Tezpur Lunatic Asylum reports 1895-1904 - 1895-1904
Year: 1895
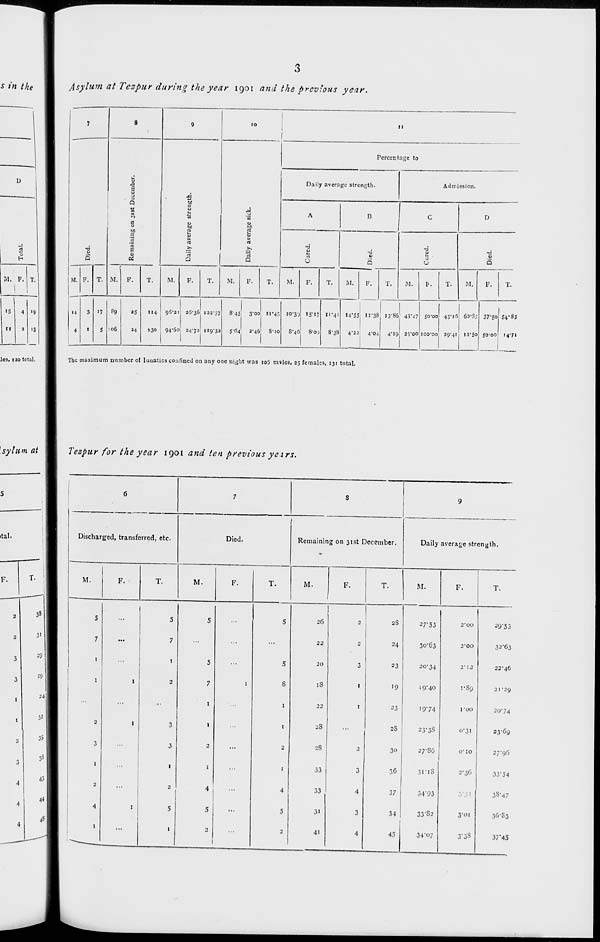
s in the I
Asylum at Tespur during the year igoi and the previous year.
D
M. F, T.
«s 4 '9
11
a 13
7
8
9
10
i
11
Percentage to
!i
Daily average strength.
Admission.
E s
Q
b*C
C
2
CO
u
M
to
in
A
B
C
D
5
M
a
,' s
6
u
2
rt
>.
'rt
Q
1
1 at
^.
'13
a
-d
u
3
O
■tj
5
-d
g
3
U
-a
V
Q
M. F. T. M. P.
T.
M.
F.
T.
M.
F.
T.
M.
F.
T.
M.
F.
T.
M.
P.
T.
M.
P.
T.
■ 4
3
'7 Pg
as H4 g5-2i 25-36 122-5' 8*45: 3*oo 11*45 10-33 'S*i7 11-4: 14*55; "*38 13*86 43*47 50-00 45-16 6o-S; 37*50 54-83
4
i
5 :o6
24
130
94-60 2-1-72 ug-3 ! 5-64 3'4G 8-ic
8-46! 8-o;
8-38
4*221
4-04
4**8 2 5'00 ioo-oo 29-41 12'So So-oo i4*7i
lei. 120 total.
The maximum number of lunatics confined on any one night was io5 m^les, 25 females, 131 total,
Isytum at 1 Tezpur for the year 1901 and ten previous yeirs.
ital.
38
31
29
29
24
32
35
3
4
4
4
3S
43
44
6
7
8
9
Discharged, transferred, etc
Died.
Remainin I on 31st December.
Daily average strength.
M.
F.
T.
M.
F.
T.
M.
F.
T.
M.
F.
T.
5
...
5
5
5
26
2
2S
2r55
2'00
29*53
7
...
7
...
...
...
22
2
24
30*63
2-00
32*63
1
...
t
5
...
5
JO
3
23
-'0*34
r«
22-46
1
1
2
7
1
s
IS
1
19
19*40
rSc)
2I'29
...
...
...
1
1
22
1
23
19*74
roo
2074
2
1
3
1
I
2S
...
2S
23*38
0*31
23*6g
3
...
3
3
...
2
2S
2
30
27'S6
O'tO
27'96
I
...
1
I
...
I
33
3
36
3I'l8
2*36
33*54
2
...
2
4
...
4
33
4
37
34*93
'
38'47
4
i
5
5
...
5
3i
3
34
33*S2
3*oi
3G*S3
1
i
...
1
2
...
2
4i
4
45
34*o7
3'38
37*45